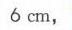
\(6\mathrm{cm},\)